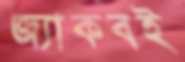
জ্যাকবই